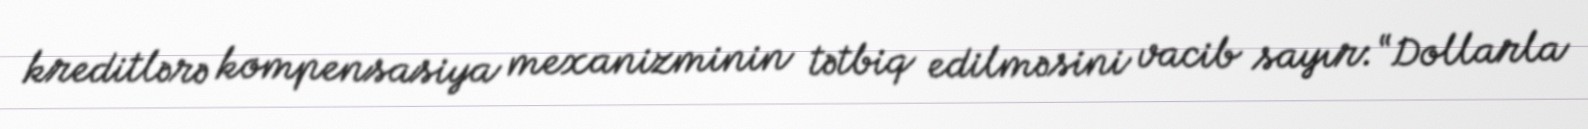
kreditlərə kompensasiya mexanizminin tətbiq edilməsini vacib sayır: “Dollarla